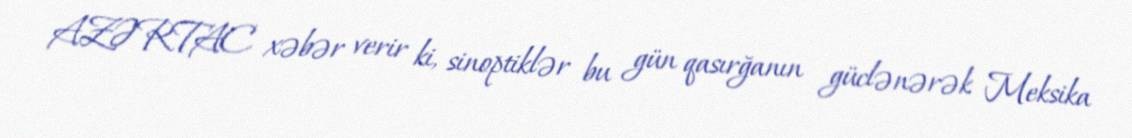
AZƏRTAC xəbər verir ki, sinoptiklər bu gün qasırğanın güclənərək Meksika